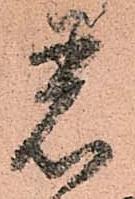
着